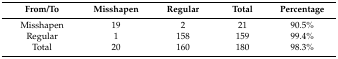
<table><thead><tr><td><b>From/To</b></td><td><b>Misshapen</b></td><td><b>Regular</b></td><td><b>Total</b></td><td><b>Percentage</b></td></tr></thead><tbody><tr><td>Misshapen</td><td>19</td><td>2</td><td>21</td><td>90.5%</td></tr><tr><td>Regular</td><td>1</td><td>158</td><td>159</td><td>99.4%</td></tr><tr><td>Total</td><td>20</td><td>160</td><td>180</td><td>98.3%</td></tr></tbody></table>